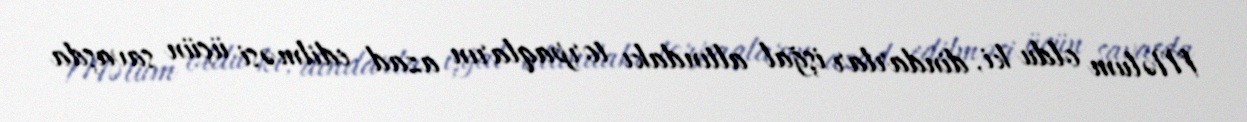
Məlum oldu ki, dindarlar işğal altındakı torpaqların azad edilməsi üçün savaşda